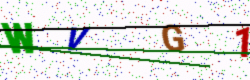
Text: WVG1